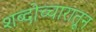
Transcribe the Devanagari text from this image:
शब्दोच्चारातून